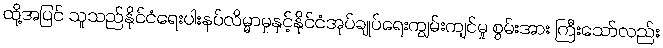
ထို့အပြင် သူသည်နိုင်ငံရေးပါးနပ်လိမ္မာမှုနှင့်နိုင်ငံအုပ်ချုပ်ရေးကျွမ်းကျင်မှု စွမ်းအား ကြီးသော်လည်း